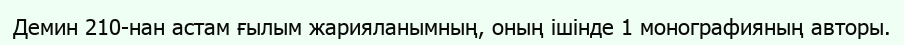
Демин 210-нан астам ғылым жарияланымның, оның ішінде 1 монографияның авторы.